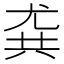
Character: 𡯯